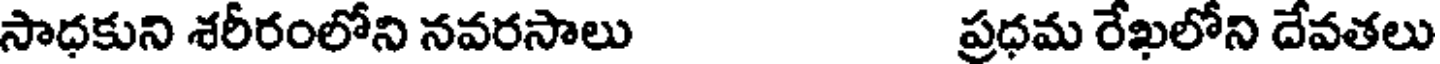
సాధకుని శరీరంలోని నవరసాలు ప్రధమ రేఖలోని దేవతలు